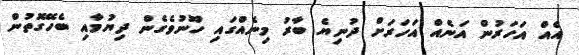
އެއް އަހަރުން އަނެއް އަހަރަށް ދުނިޔެ ބާރު މިނެއްގައި ހޫނުވެގެން ދިޔުމާއި ބެހޭގޮތުން